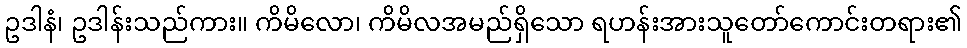
ဥဒါနံ၊ ဥဒါန်းသည်ကား။ ကိမိလော၊ ကိမိလအမည်ရှိသော ရဟန်းအားသူတော်ကောင်းတရား၏